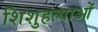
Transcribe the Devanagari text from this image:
शिशुहत्याओं